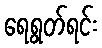
ရေရွတ်ရင်း